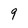
Character: 9